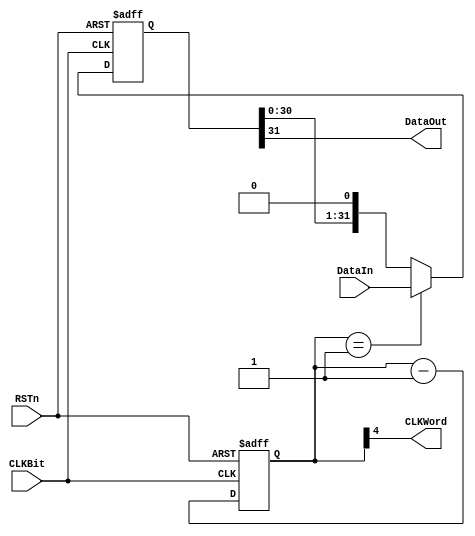
//////////////////////////////////////////////////////////////////////////////////
// Org:        	FNAL&SMU
// 
// Design Name:    ETROC1 
// Module Name:    SER32b
// Project Name: 
// Description: 32:1 serializer
//
// Dependencies: 
//
// Revision:
//
//
//////////////////////////////////////////////////////////////////////////////////
`timescale 1ps/1fs
module SER32b(
	CLKBit,
	RSTn,
	DataIn,
	CLKWord,
	DataOut
);

input CLKBit;
input RSTn;
input [31:0] DataIn;
//input [1:0] Header;	//2-bit header
output CLKWord;
output DataOut;

reg [31:0] In_reg;
reg [4:0] counter;
//reg rst_int;
wire DOBuf;
wire [4:0] Load;

assign DataOut = DOBuf;
assign DOBuf = In_reg[31];
assign Load = counter;
assign CLKWord = counter[4];

always@(negedge RSTn or posedge CLKBit) begin
if(!RSTn)		
	counter[4:0] <= 5'b11111;
else begin
	counter[4:0] <= counter[4:0] - 5'b00001;
end
end


always@(negedge RSTn or posedge CLKBit) begin
if(!RSTn)		
	In_reg <= 0;
else begin
	if(Load == 5'b00001)
		In_reg <= DataIn;
	else
		In_reg <= In_reg << 1;
end
end


endmodule